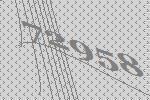
72958